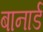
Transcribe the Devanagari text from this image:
बानार्ड